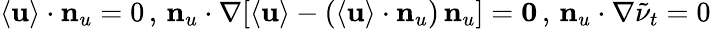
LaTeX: {\mathbf{\langle{u}\rangle}}\cdot{\mathbf{n}_{u}}=0\, ,\, {\mathbf{n}_{u}}\cdot\nabla[{\mathbf{\langle{u}\rangle}}-({\mathbf{\langle{u}\rangle}}\cdot{\mathbf{n}_{u}})\, {\mathbf{n}_{u}}]={\mathbf{0}}\, ,\, {\mathbf{n}_{u}}\cdot\nabla\tilde{\nu}_{t}=0